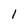
Character: 1